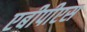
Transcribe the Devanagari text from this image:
एबीपीएस